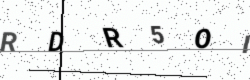
Text: RDR5OI